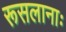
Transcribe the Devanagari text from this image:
रूसलानाः